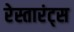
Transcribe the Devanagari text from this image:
रेस्तारंट्स